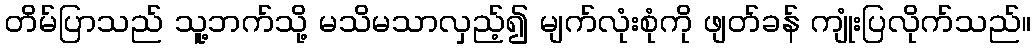
တိမ်ပြာသည် သူ့ဘက်သို့ မသိမသာလှည့်၍ မျက်လုံးစုံကို ဖျတ်ခန် ကျုံးပြလိုက်သည်။